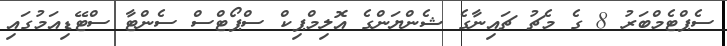
ސެޕްޓެމްބަރު 8 ގެ މެޗު ޗައިނާގެ ޝެންޔަންގެ އޮލިމްޕިކް ސްޕޯޓްސް ސެންޓާ ސްޓޭޑިއަމުގައި